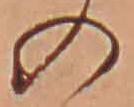
の